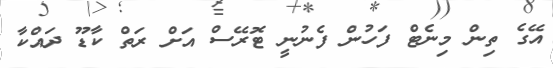
އޭގެ ތިން މިނެޓް ފަހުން ފެނުނީ ޓޮރޭސް އަށް ރަތް ކާޑޫ ދައްކާ